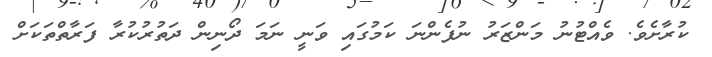
ކުރާށެވެ. ވެއްޓުނު މަންޒަރު ނުފެންނަ ކަމުގައި ވަނީ ނަމަ ދޯނިން ދަތުރުކުރާ ފަރާތްތަކަށް